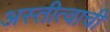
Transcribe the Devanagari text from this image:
अस्तीत्वाची